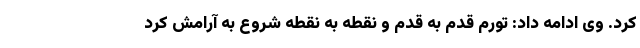
کرد. وی ادامه داد: تورم قدم به قدم و نقطه به نقطه شروع به آرامش کرد